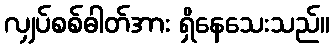
လျှပ်စစ်ဓါတ်အား ရှိနေသေးသည်။